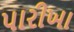
પારીખા